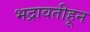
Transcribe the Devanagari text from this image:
भद्रावतीहून